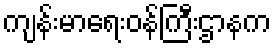
ကျန်းမာရေးဝန်ကြီးဌာနက